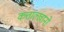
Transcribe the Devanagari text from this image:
कत्ताल्खानो